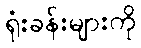
ရုံးခန်းများကို